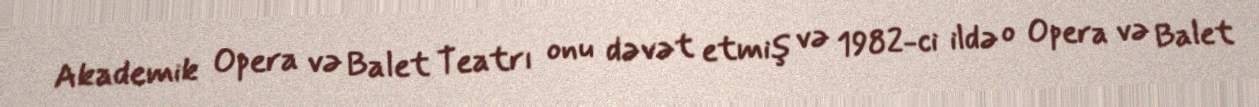
Akademik Opera və Balet Teatrı onu dəvət etmiş və 1982-ci ildə o Opera və Balet